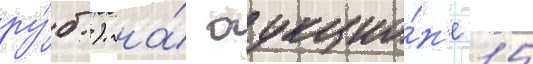
ру́б.). на́ аукцио́н'е 15